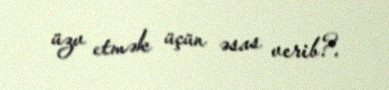
üzv etmək üçün əsas verib?.